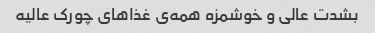
بشدت عالی و خوشمزه همه‌ی غذا‌های چورک عالیه